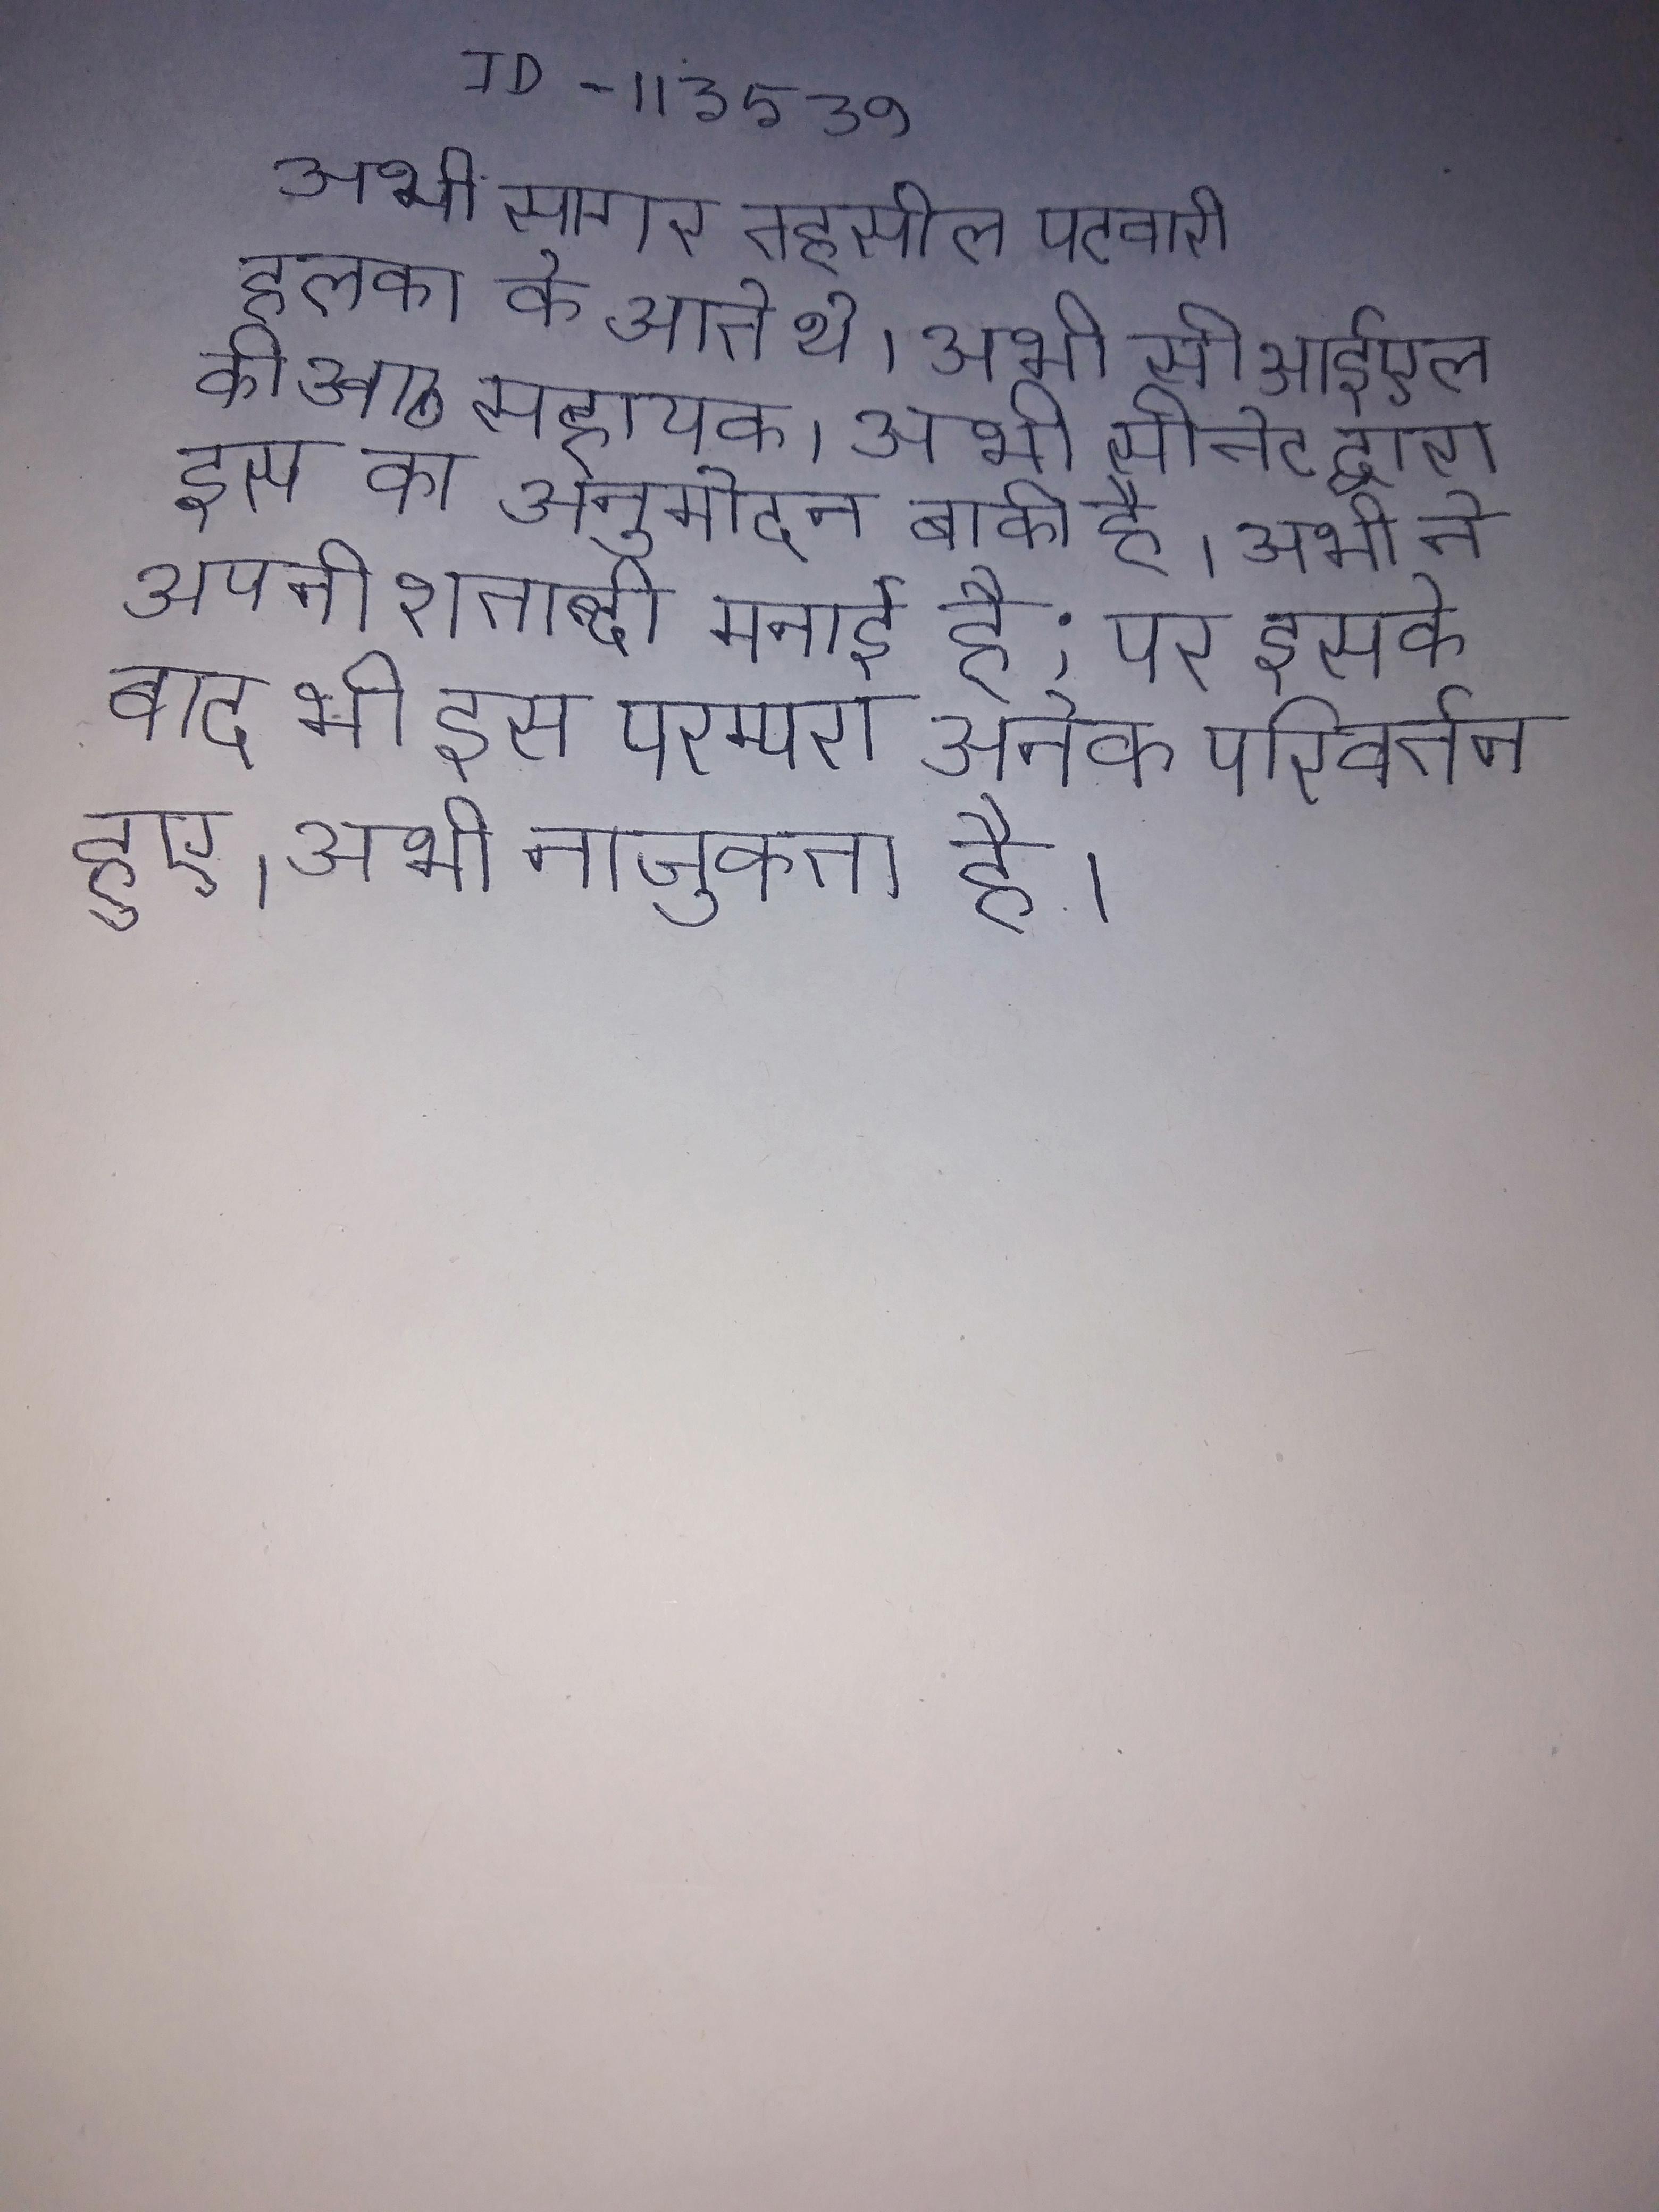
अभी सागर तहसील पटवारी हलका के आते थे । अभी सीआईएल की आठ सहायक । अभी सीनेट द्वारा इस का अनुमोदन बाकी है । अभी ने अपनी शताब्दी मनाई है; पर इसके बाद भी इस परम्परा अनेक परिवर्तन हुए । अभी नाजुकता है ।